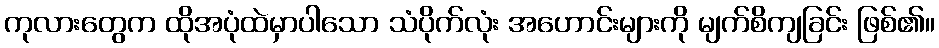
ကုလားတွေက ထိုအပုံထဲမှာပါသော သံပိုက်လုံး အဟောင်းများကို မျက်စိကျခြင်း ဖြစ်၏။